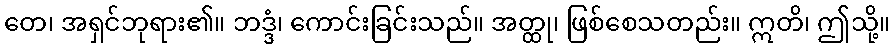
တေ၊ အရှင်ဘုရား၏။ ဘဒ္ဒံ၊ ကောင်းခြင်းသည်။ အတ္ထု၊ ဖြစ်စေသတည်း။ ဣတိ၊ ဤသို့။